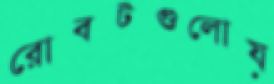
রোবটগুলোয়